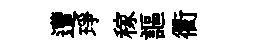
遭琤稼謳衢